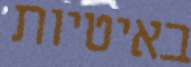
באיטיות